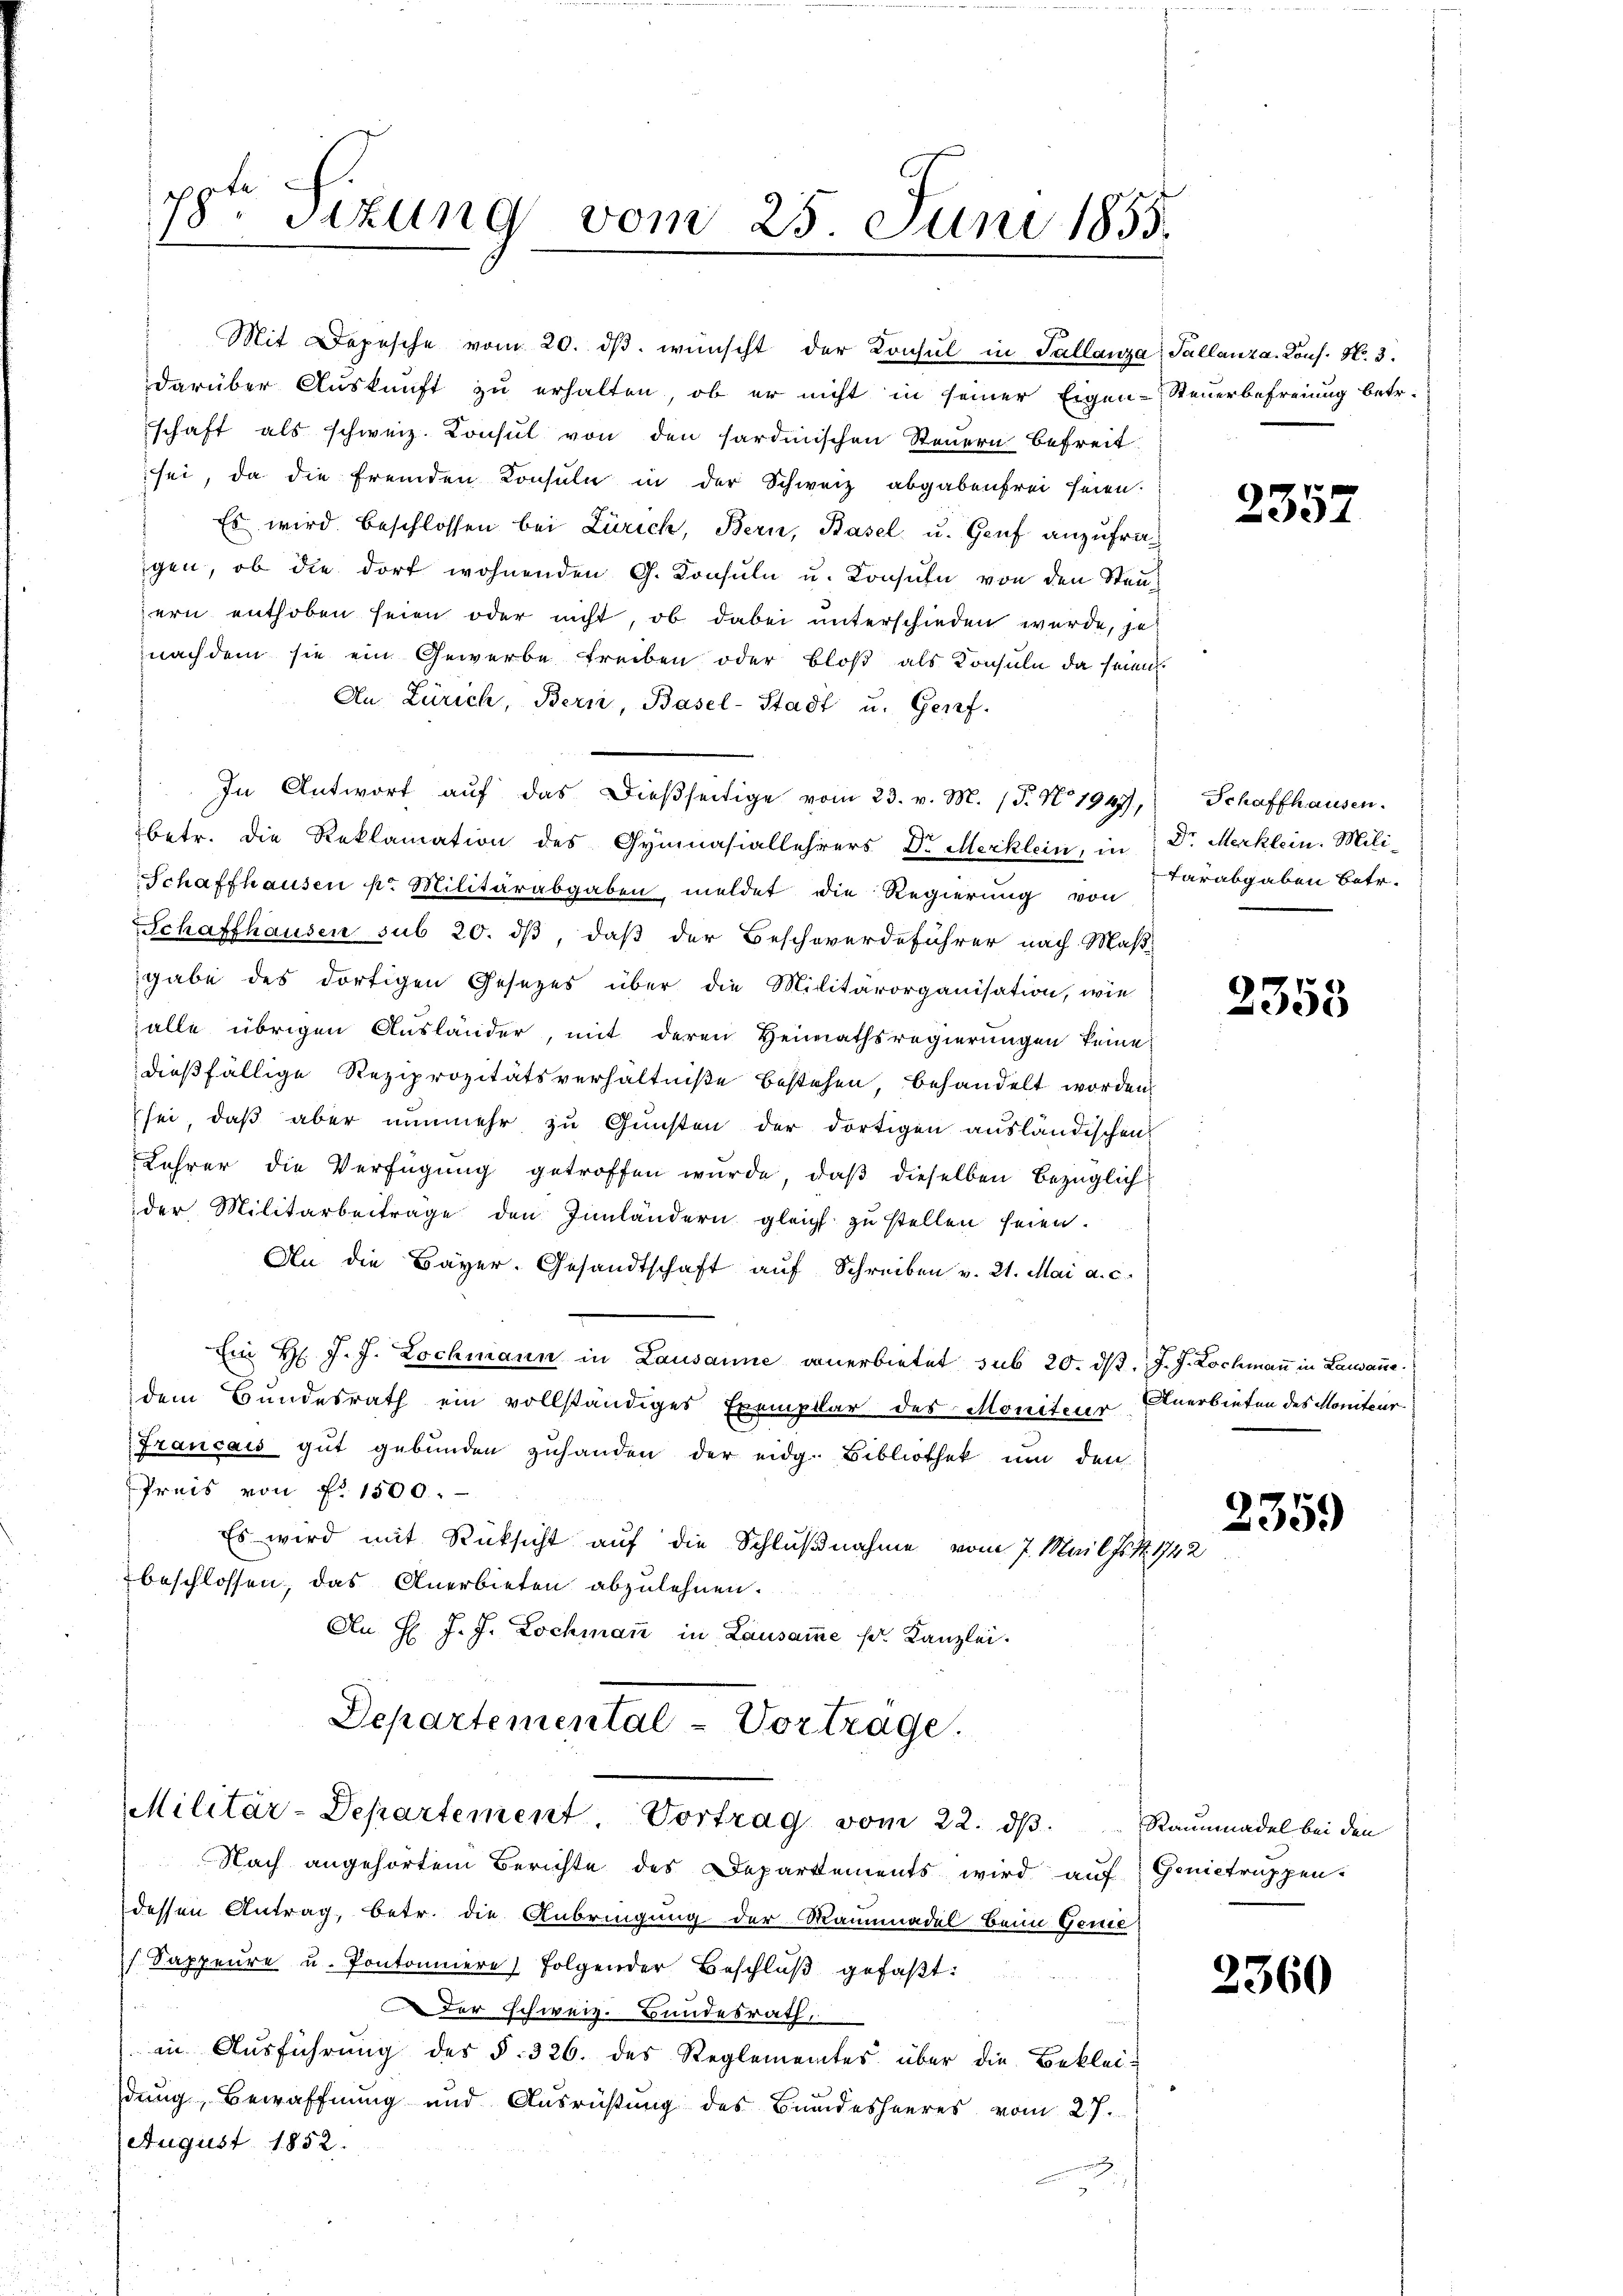
78ten Sizung vom 25. Juni 1855.

Mit Depesche vom 20. dβ. wünscht der Konsul in Tallanza
darüber Auskunft zu erhalten, ob er nicht in seiner Eigen-Steuerbefreiung betr.
schaft als schweiz. Consul von den sardinischen Steuern befreit
sei, da die fremden Konsuln in der Schweiz abgabenfrei seien.
Es wird beschlossen bei Zürich, Bern, Basel u. Genf anzufragen, ob die dort wohnenden G. Konsuln u. Konsuln von den Steuzern enthoben seien oder nicht, ob dabei unterschieden wurde, jenachdem sie ein Gewerbe treiben oder bloß als Konsuln da seien.
An Zürich, Bern, Basel-Stadt u. Genf.
betr. die Reklamation des Gymnasiallehrers Dr. Merklein, in
Schaffhausen pr. Militärabgaben, meldet die Regierung von
Schaffhausen sub 20. ds, daß der Beschwerdeführer nach Maß-
gabe des dortigen Gesezes über die Militärorganisation, wie
alle übrigen Ausländer, mit deren Heimathsregierungen keine
dießfällige Reziprozitätsverhältniße bestehen, behandelt worden,
sei, daß aber nunmehr zu Gunsten der dortigen ausländischen
Lehrer die Verfügung getroffen wurde, daß dieselben bezüglich
der Militarbeitrage den Innländern gleich zu stellen seien.
An die Bayer. Gesandtschaft auf Schreiben v. 21. Mai a. c.
Ein H. J. J. Lochmann in Lausanne anerbietet sub 20. d. J. J. Lochmaṅ in Lausane
dem Bundesrath ein vollständiges Exemplar des Moniterer Anerbieten des Moniteur
Francais gut gebunden zuhanden der eidg. Bibliothek um den
Preis von fr. 1500.
Es wird mit Rüksicht auf die Schlußnahme vom 7. Mail fo
beschlossen, das Anerbieten abzulehnen.
An H. J. J. Lochmann in Lausamme pr. Kanzlei.
Departemental-Vortrage.
Militär-Departement. Vortrag vom 22. ds. Raummadel bei den
Nach angehörtem Berichte des Departements wird auf Genictruppen-
dessen Antrag, betr. die Anbringung der Mammadel beim Genie
 Sappeure u. Pontoniere folgender Beschlŭβ gefaβt:
Der schweiz. Bundesrath,
in Aŭsführŭng des §. 326. des Reglementes über die Bekleidung, Bewaffnung und Ausrüstung des Bundesheeres vom 27.
August 1852.

In Antwort auf das dießseitige vom 23. v. M. (T. No. 1949,

Pallanza. Kons. No. 3.

2357

Schaffhausen.
Dr. Merklein. Mili-
tarabgaben betr.

2353

1442

2359

2360